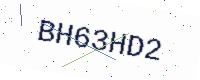
Text: BH63HD2